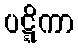
ပဋ္ဋိကာ